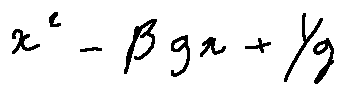
x ^ { 2 } - \beta _ { g } x + \gamma _ { g }